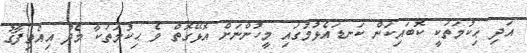
އަދި ޙިކުމަތަކީ ކޮބައިކަން ކަނޑައެޅުމުގައި މީހުންނަށް އޮޅޭގޮތް ވެ ޙިކުމަތަކާ މެދު އިއްތިފާޤު